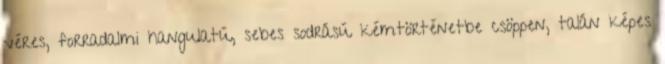
véres, forradalmi hangulatú, sebes sodrású kémtörténetbe csöppen, talán képes